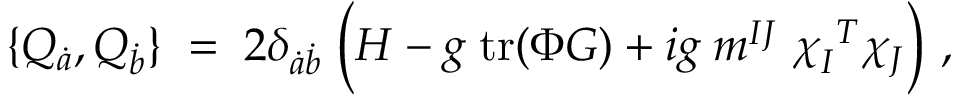
\{ Q _ { \dot { a } } , Q _ { \dot { b } } \} \; = \; 2 \delta _ { { \dot { a } } { \dot { b } } } \; \Bigl ( { \cal H } - { g } \; \mathrm { t r } ( \Phi { \cal G } ) + i g \; m ^ { I J } \; \chi _ { I } ^ { \ T } \chi _ { J } \Bigr ) \ ,